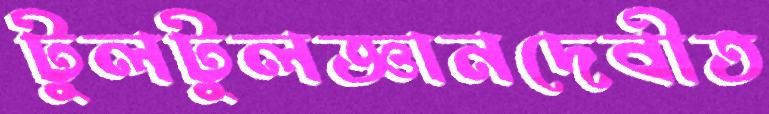
টুলটুলজ্ঞানদেবীত